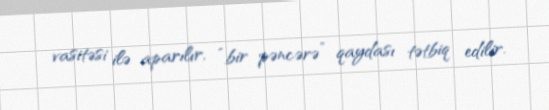
vasitəsi ilə aparılır, “bir pəncərə” qaydası tətbiq edilir.